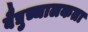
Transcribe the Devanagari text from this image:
वैद्युच्चालकता